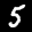
Digit: 5